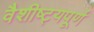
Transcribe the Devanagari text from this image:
वैशीष्ट्यपूर्ण